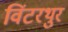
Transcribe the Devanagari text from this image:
विंटरथुर